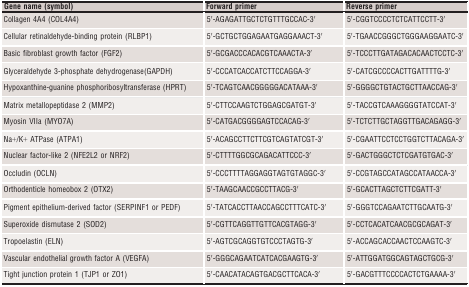
<table><thead><tr><td><b>Gene name (symbol)</b></td><td><b>Forward primer</b></td><td><b>Reverse primer</b></td></tr></thead><tbody><tr><td>Collagen 4A4 (COL4A4)</td><td>5′‐AGAGATTGCTCTGTTTGCCAC‐3′</td><td>5′‐CGGTCCCCTCTCATTCCTT‐3′</td></tr><tr><td>Cellular retinaldehyde‐binding protein (RLBP1)</td><td>5′‐GCTGCTGGAGAATGAGGAAACT‐3′</td><td>5′‐TGAACCGGGCTGGGAAGGAATC‐3′</td></tr><tr><td>Basic fibroblast growth factor (FGF2)</td><td>5′‐GCGACCCACACGTCAAACTA‐3′</td><td>5′‐TCCCTTGATAGACACAACTCCTC‐3′</td></tr><tr><td>Glyceraldehyde 3‐phosphate dehydrogenase(GAPDH)</td><td>5′‐CCCATCACCATCTTCCAGGA‐3′</td><td>5′‐CATCGCCCCACTTGATTTTG‐3′</td></tr><tr><td>Hypoxanthine‐guanine phosphoribosyltransferase (HPRT)</td><td>5′‐TCAGTCAACGGGGGACATAAA‐3′</td><td>5′‐GGGGCTGTACTGCTTAACCAG‐3′</td></tr><tr><td>Matrix metallopeptidase 2 (MMP2)</td><td>5′‐CTTCCAAGTCTGGAGCGATGT‐3′</td><td>5′‐TACCGTCAAAGGGGTATCCAT‐3′</td></tr><tr><td>Myosin VIIa (MYO7A)</td><td>5′‐CATGACGGGGAGTCCACAG‐3′</td><td>5′‐TCTCTTGCTAGGTTGACAGAGG‐3′</td></tr><tr><td>Na+/K+ ATPase (ATPA1)</td><td>5′‐ACAGCCTTCTTCGTCAGTATCGT‐3′</td><td>5′‐CGAATTCCTCCTGGTCTTACAGA‐3′</td></tr><tr><td>Nuclear factor‐like 2 (NFE2L2 or NRF2)</td><td>5′‐CTTTTGGCGCAGACATTCCC‐3′</td><td>5′‐GACTGGGCTCTCGATGTGAC‐3′</td></tr><tr><td>Occludin (OCLN)</td><td>5′‐CCCTTTTAGGAGGTAGTGTAGGC‐3′</td><td>5′‐CCGTAGCCATAGCCATAACCA‐3′</td></tr><tr><td>Orthodenticle homeobox 2 (OTX2)</td><td>5′‐TAAGCAACCGCCTTACG‐3′</td><td>5′‐GCACTTAGCTCTTCGATT‐3′</td></tr><tr><td>Pigment epithelium‐derived factor (SERPINF1 or PEDF)</td><td>5′‐TATCACCTTAACCAGCCTTTCATC‐3′</td><td>5′‐GGGTCCAGAATCTTGCAATG‐3′</td></tr><tr><td>Superoxide dismutase 2 (SOD2)</td><td>5′‐CGTTCAGGTTGTTCACGTAGG‐3′</td><td>5′‐CCTCACATCAACGCGCAGAT‐3′</td></tr><tr><td>Tropoelastin (ELN)</td><td>5′‐AGTCGCAGGTGTCCCTAGTG‐3′</td><td>5′‐ACCAGCACCAACTCCAAGTC‐3′</td></tr><tr><td>Vascular endothelial growth factor A (VEGFA)</td><td>5′‐GGGCAGAATCATCACGAAGTG‐3′</td><td>5′‐ATTGGATGGCAGTAGCTGCG‐3′</td></tr><tr><td>Tight junction protein 1 (TJP1 or ZO1)</td><td>5′‐CAACATACAGTGACGCTTCACA‐3′</td><td>5′‐GACGTTTCCCCACTCTGAAAA‐3′</td></tr></tbody></table>